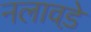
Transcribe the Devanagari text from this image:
नलावडे़